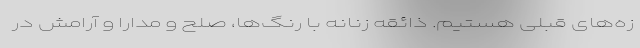
زه‌های قبلی هستیم. ذائقه زنانه‌ با رنگ‌ها، صلح و مدارا و آرامش در